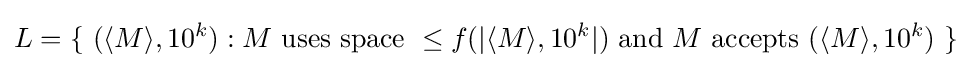
L=\{~(\langle M\rangle ,10^{k}):M{\mbox{ uses space }}\leq f(|\langle M\rangle ,10^{k}|){\mbox{ and }}M{\mbox{ accepts }}(\langle M\rangle ,10^{k})~\}